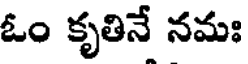
ఓం కృతినే నమః